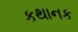
કથાનક